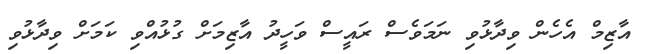
އާޒިމް އެހެން ވިދާޅުވި ނަމަވެސް ރައީސް ވަހީދު އާޒިމަށް ގުޅުއްވި ކަމަށް ވިދާޅުވި